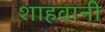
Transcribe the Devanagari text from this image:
शाहवानी